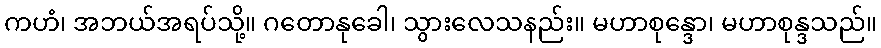
ကဟံ၊ အဘယ်အရပ်သို့။ ဂတောနုခေါ၊ သွားလေသနည်း။ မဟာစုန္ဒော၊ မဟာစုန္ဒသည်။